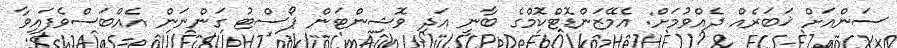
ސަންއަށް ޚަބަރެއް ދެއްވުމަށް: އެމޭޒަންޑޮޓްކޮމްގެ ބާނީ އަދި ވޮޝިންޓަން ޕޯސްޓު ގަންނަން އެއްބަސްވެފައިވާ